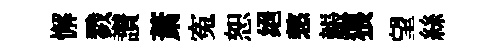
懈戮讃萧寃恕绝憗韔猥望絲